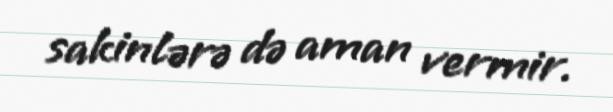
sakinlərə də aman vermir.